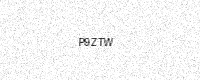
Text: P9ZTW